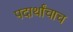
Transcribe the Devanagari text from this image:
पदार्थांचाच